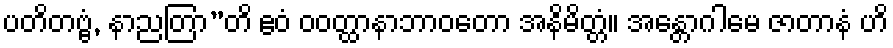
ပတိတဗ္ဗံ, နာညတြာ”တိ ဧဝံ ဝဝတ္ထာနာဘာဝတော အနိမိတ္တံ။ အန္တောဂါမေ ဇာတာနံ ဟိ